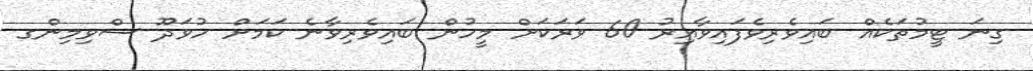
ގިނަ ޓީމުތަކެއް ބައިވެރިވެފައިވާއިރު 60 ވަރަކަށް މީހުން ބައިވެރިވާނެ ކަމަށް ހުވަދޫ ސްވިމިންގ